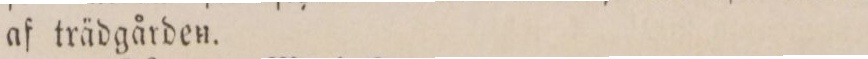
af trädgården.